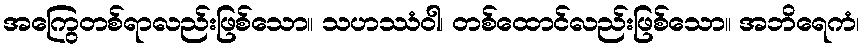
အကြွေတစ်ရာလည်းဖြစ်သော။ သဟဿံဝါ၊ တစ်ထောင်လည်းဖြစ်သော။ အဘိရေကံ၊